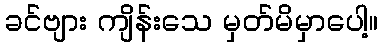
ခင်ဗျား ကျိန်းသေ မှတ်မိမှာပေါ့။